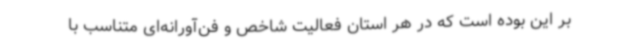
بر این بوده است که در هر استان فعالیت شاخص و فن‌آورانه‌ای متناسب با